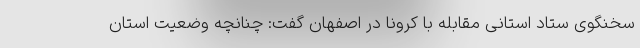
سخنگوی ستاد استانی مقابله با کرونا در اصفهان گفت: چنانچه وضعیت استان